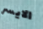
الايسر